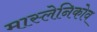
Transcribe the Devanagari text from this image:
मास्लेनिकोव